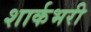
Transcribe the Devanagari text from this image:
शार्कभरी